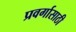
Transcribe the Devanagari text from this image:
प्रवर्गासाठी